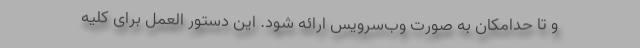
و تا حدامکان به صورت وب‌سرویس ارائه شود. این دستور العمل برای کلیه